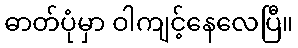
ဓာတ်ပုံမှာ ဝါကျင့်နေလေပြီ။